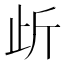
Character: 𭭜